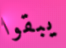
يبقوا